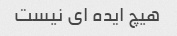
هیچ ایده ای نیست